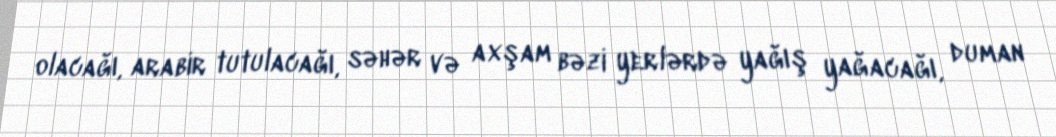
olacağı, arabir tutulacağı, səhər və axşam bəzi yerlərdə yağış yağacağı, duman